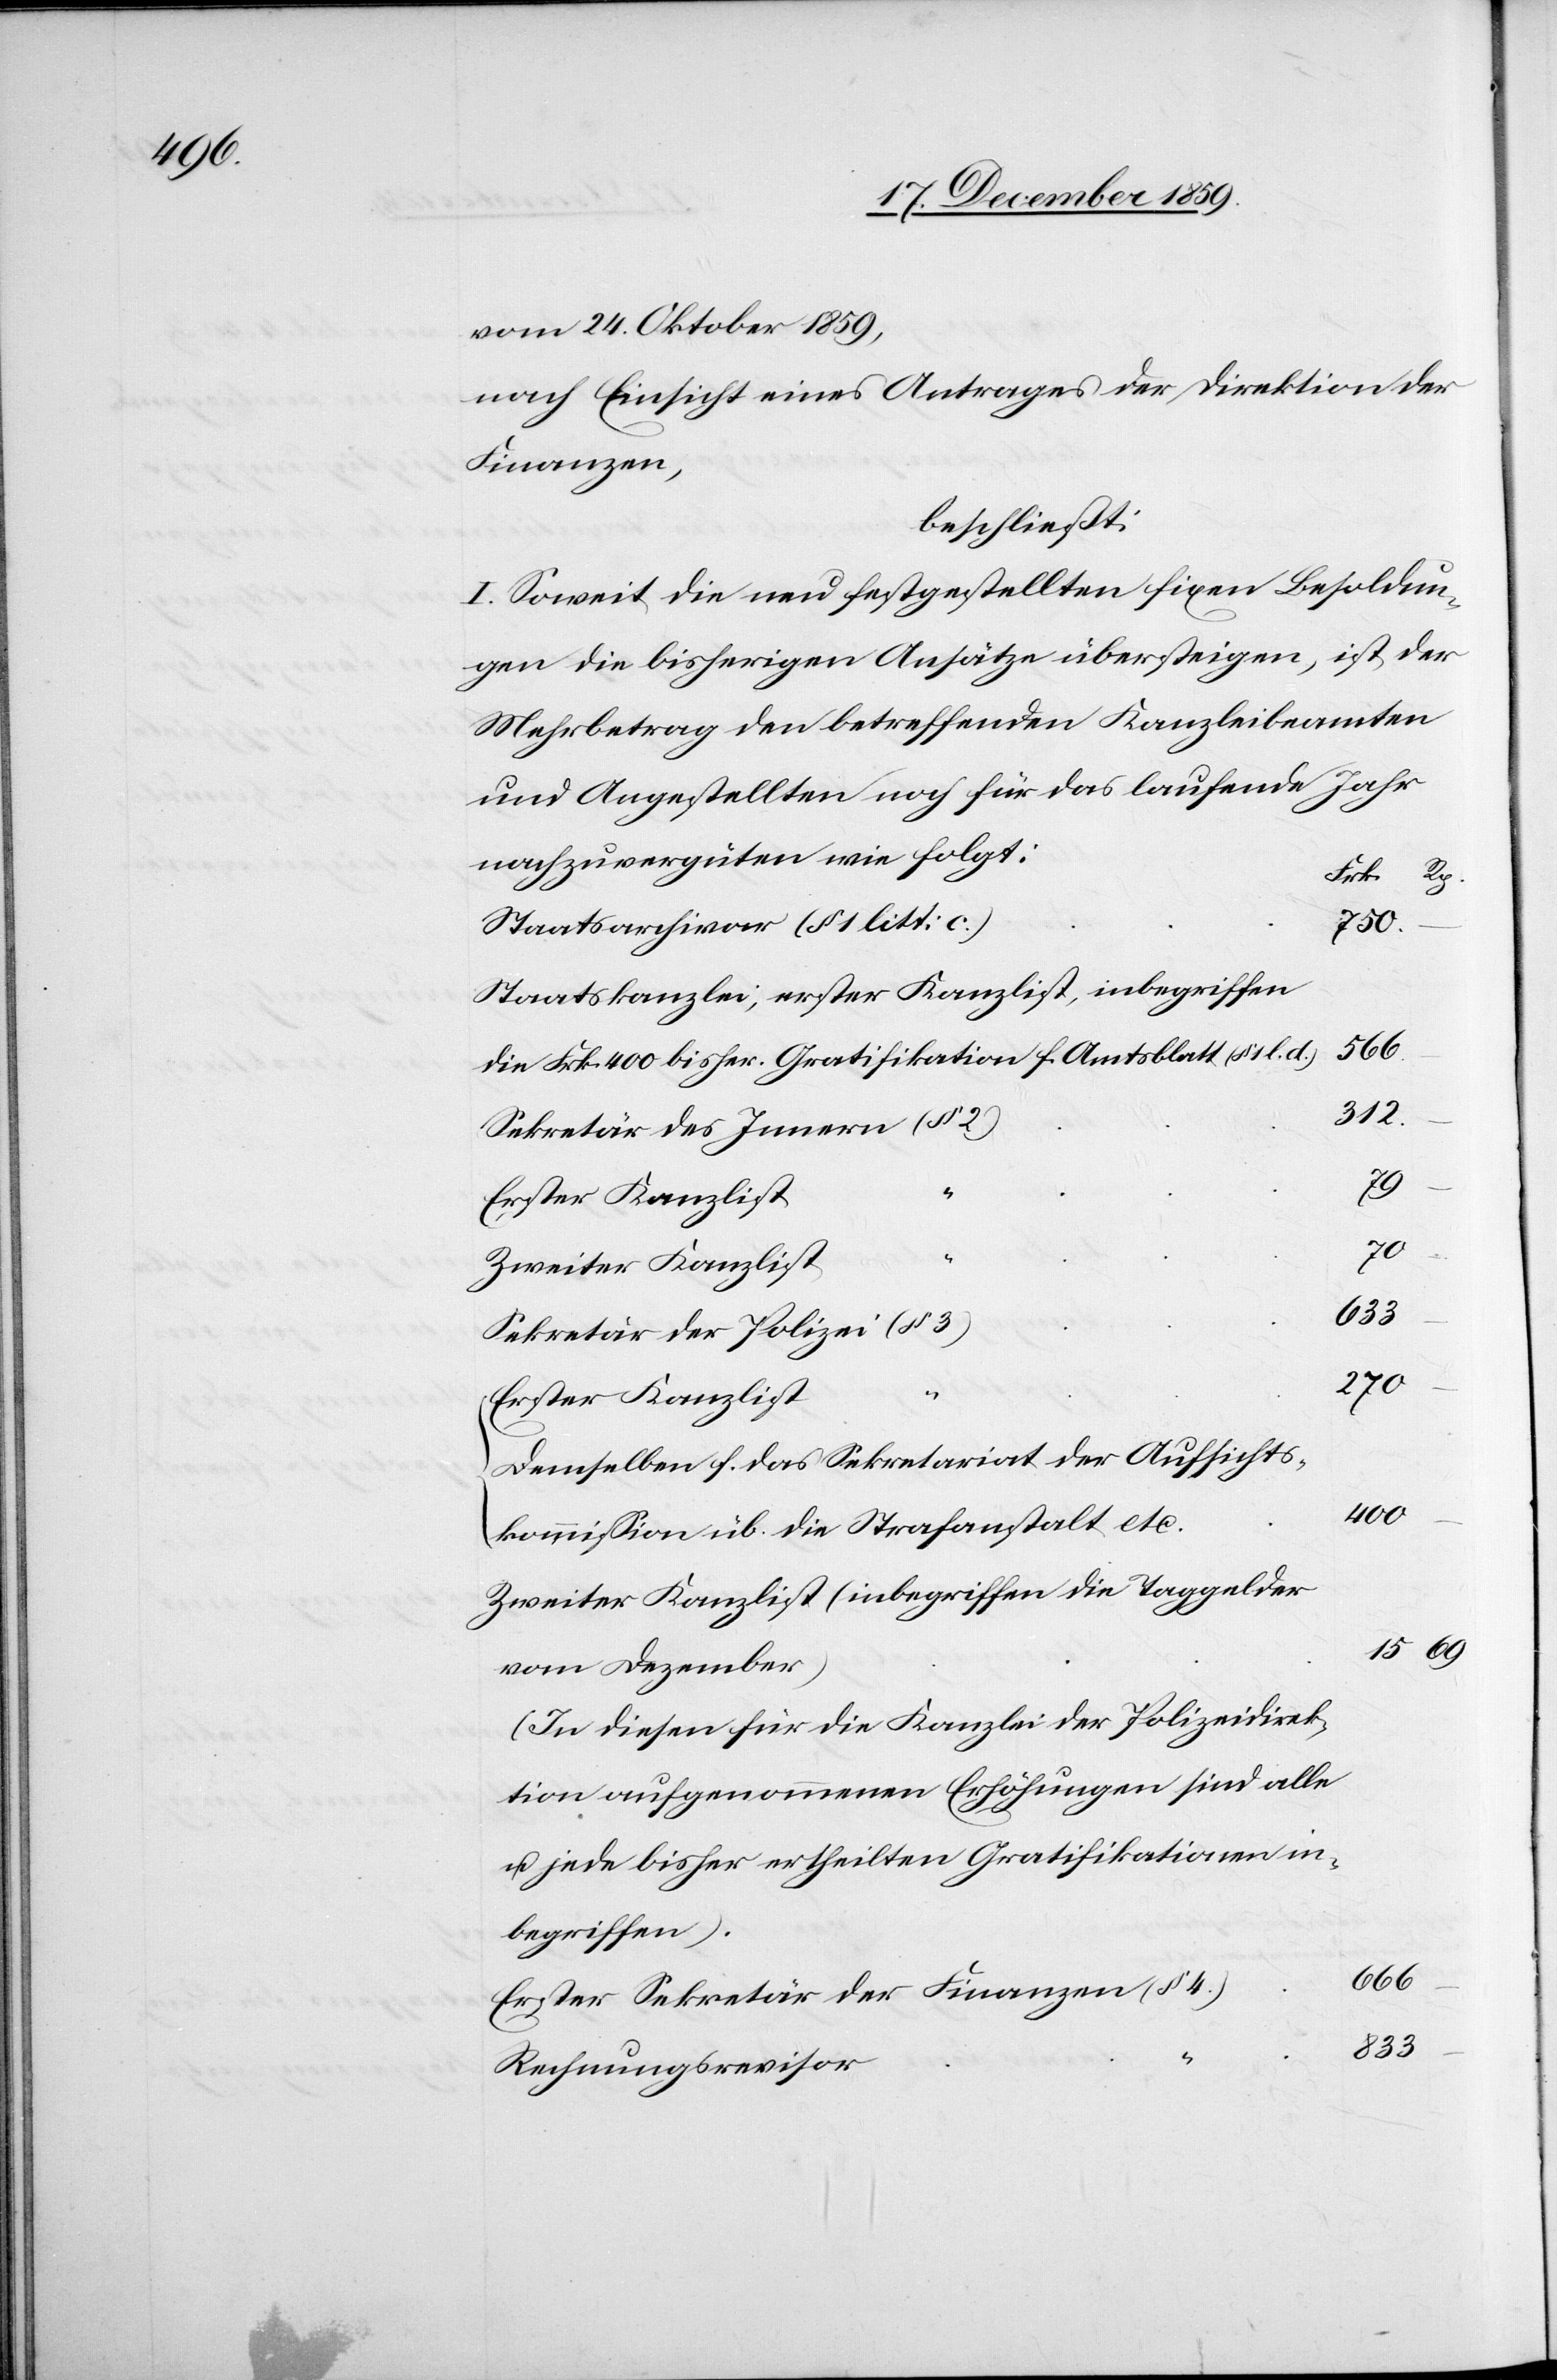
400.

vom 24. Oktober 1859,
nach Einsicht eines Antrages der Direktion der
Finanzen,
beschließt:
I. Soweit die neu festgestellten fixen Besoldun¬
gen die bisherigen Ansätze übersteigen, ist der
Mehrbetrag den betreffenden Kanzleibeamteten
und Angestellten noch für das laufende Jahr
nachzuvergüten wie folgt:
Staatsarchivar (§ 1 litt: c)
750.
Staatskanzlei, erster Kanzlist, inbegriffen
566.
die Frk. 400 bisher. Gratifikationen f. Amtsblatt (§ 1 l. d.)
312.
Sekretär des Innern
–
Erster Kanzlist
70.
Zweiter Kanzlist
15.
Sekretär der Polizei
270.
Demselben f. das Sekretariat der Aufsichts¬
kommission üb. die Strafanstalt etc.
Zweiter Kanzlist (inbegriffen die Taggelder
(§ 3)
von Dezember)
(In diesen für die Kanzlei der Polizeidirek¬
tion aufgenommenen Erhöhungen sind alle
u. jede bisher ertheilten Gratifikationen in¬
begriffen).
666.
Erster Sekretär der Finanzen (§ 4)
833.
Rechnungsrevisor